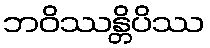
ဘဝိဿန္တိပိဿ